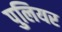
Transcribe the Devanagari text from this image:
पुलियर